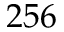
2 5 6